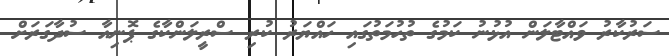
ސަރުކާރު ވައްޓާލަން އުޅުނު ކަމުގެ ތުހުމަތުގައި ހައްޔަރު ކުރި ސްރީލަންކާގެ ޕޮނިއާ ސުދާގަރަށް